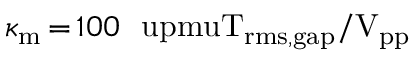
\kappa _ { \mathrm { m } } \, { = } \, 1 0 0 ~ \mathrm { \ u p m u T _ { r m s , g a p } / V _ { p p } }